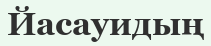
Йасауидың